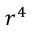
r ^ { 4 }